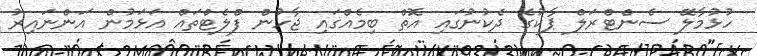
ހުޅުމާލޭ ސެންޓްރަލް ޕާކުގެ ދެކުނުގައި އޮތް ބިމެއްގައި ޖާހުން ފްލެޓްތައް އަޅަމުން އަންނައިރު